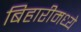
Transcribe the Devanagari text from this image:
बिहारीमध्ये